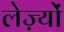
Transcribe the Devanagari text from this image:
लेज़्यों